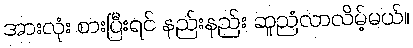
အားလုံး စားပြီးရင် နည်းနည်း ဆူညံလာလိမ့်မယ်။